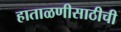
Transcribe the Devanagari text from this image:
हाताळणीसाठीची